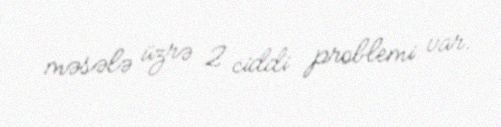
məsələ üzrə 2 ciddi problemi var.